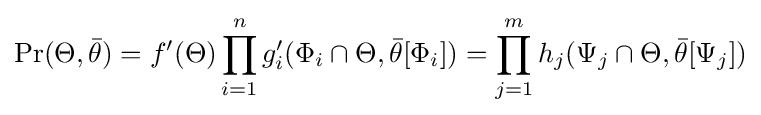
\Pr(\Theta ,{\bar {\theta }})=f'(\Theta )\prod _{i=1}^{n}g'_{i}(\Phi _{i}\cap \Theta ,{\bar {\theta }}[\Phi _{i}])=\prod _{j=1}^{m}h_{j}(\Psi _{j}\cap \Theta ,{\bar {\theta }}[\Psi _{j}])